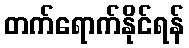
တက်ရောက်နိုင်ရန်